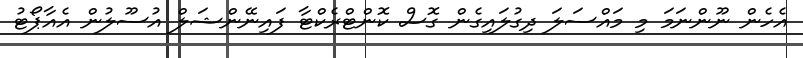
އެހެން ނޫންނަމަ މި މައްސަލަ ދިގުލައިގެން ގޮސް ކޮންޓްރެކްޓާ ފައިނޭންޝަލް އުސޫލުން އެއާޕޯޓު